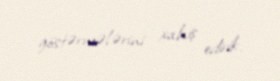
göstərmələrini xahiş edirik.